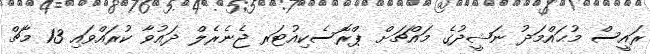
ރައީސް މުޙައްމަދު ނަޝީދުގެ މައްޗަށް ޕްރޮސެކިއުޓަރ ޖެނެރެލް ދައުވާ ކުރައްވައި 13 މާޗް